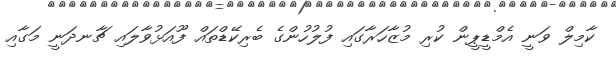
ކާމިލް ވަނީ އެމްޑީޕީން ކުރި މުޒާހަރާގައި ފުލުހުންގެ ބެރިކޭޑްތައް ފޫއަޅުވާލައި ޗާނދަނީ މަގާއި